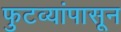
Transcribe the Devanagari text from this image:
फुटव्यांपासून